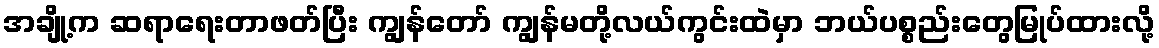
အချို့က ဆရာရေးတာဖတ်ပြီး ကျွန်တော် ကျွန်မတို့လယ်ကွင်းထဲမှာ ဘယ်ပစ္စည်းတွေမြုပ်ထားလို့